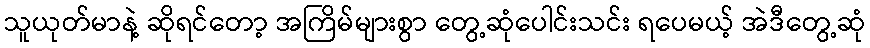
သူယုတ်မာနဲ့ ဆိုရင်တော့ အကြိမ်များစွာ တွေ့ဆုံပေါင်းသင်း ရပေမယ့် အဲဒီတွေ့ဆုံ